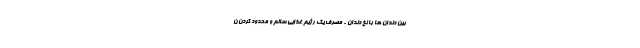
بین دندان ها با نخ دندان - مصرف یک رژیم غذایی سالم و محدود کردن ن